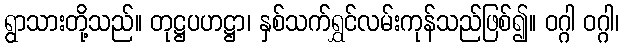
ရွာသားတို့သည်။ တုဋ္ဌပဟဋ္ဌာ၊ နှစ်သက်ရွှင်လမ်းကုန်သည်ဖြစ်၍။ ဝဂ္ဂါ ဝဂ္ဂါ၊